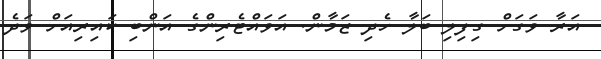
އަރާ ވަގަށް ގިފިލި ބަލާ ހެދި ޒަމާން. އަވައްޓެރިންގެ އަންބި ކައިރިއަށް ވަދެ